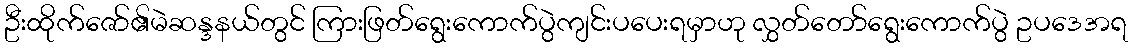
ဦးထိုက်ဇော်၏မဲဆန္ဒနယ်တွင် ကြားဖြတ်ရွေးကောက်ပွဲကျင်းပပေးရမှာဟု လွှတ်တော်ရွေးကောက်ပွဲ ဥပဒေအရ